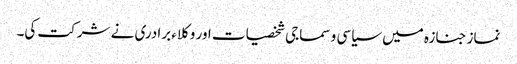
نماز جنازہ میں سیاسی و سماجی شخصیات اور وکلاء برادری نے شرکت کی۔